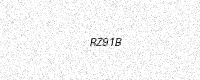
Text: RZ91B